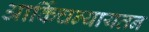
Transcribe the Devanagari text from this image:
आर्किचन्यायतन